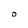
Character: O